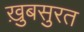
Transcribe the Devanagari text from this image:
ख़ुबसुरत